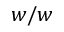
w / w